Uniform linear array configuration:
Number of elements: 16
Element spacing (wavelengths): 0.75
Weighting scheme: kaiser
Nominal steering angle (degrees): -15
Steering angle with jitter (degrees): -16.192
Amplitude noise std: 0.05
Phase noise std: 0.05

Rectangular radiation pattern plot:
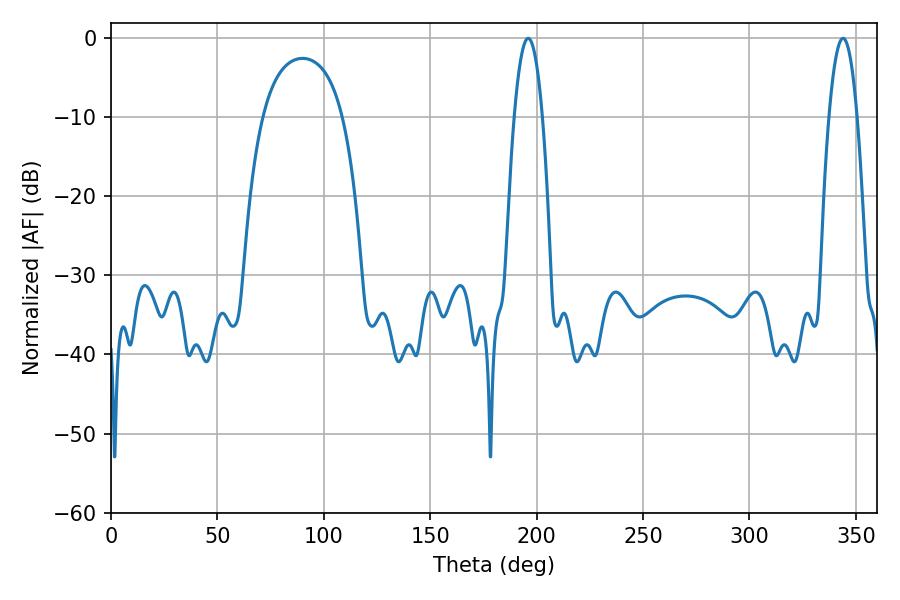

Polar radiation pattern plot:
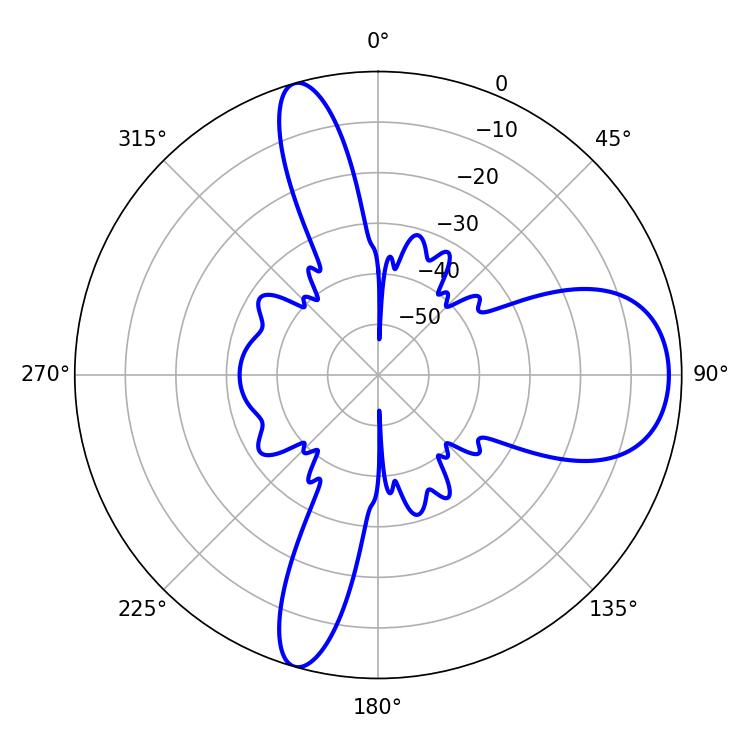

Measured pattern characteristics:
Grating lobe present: TRUE
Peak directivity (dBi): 10.536
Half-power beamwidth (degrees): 7.2
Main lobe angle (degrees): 196.02